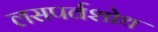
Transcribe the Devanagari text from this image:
लसपर्वशोथ